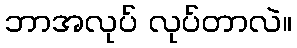
ဘာအလုပ် လုပ်တာလဲ။